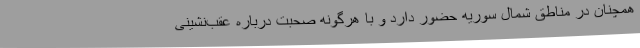
همچنان در مناطق شمال سوریه حضور دارد و با هرگونه صحبت درباره عقب‌نشینی